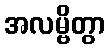
အလမ္ဗိတွာ